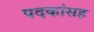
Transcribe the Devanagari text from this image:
पदकांसह